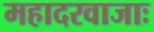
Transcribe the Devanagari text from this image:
महादरवाजाः